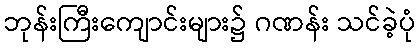
ဘုန်းကြီးကျောင်းများ၌ ဂဏန်း သင်ခဲ့ပုံ